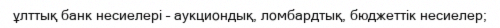
ұлттық банк несиелері – аукциондық, ломбардтық, бюджеттік несиелер;